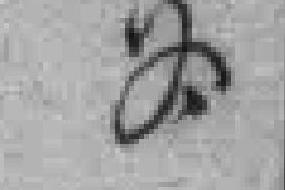
各